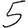
Digit: 5